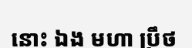
នោះ ឯង មហា ប្រឹថ